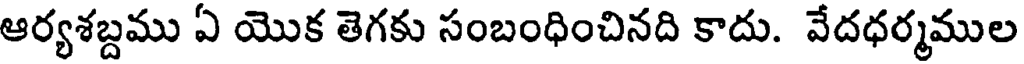
ఆర్యశబ్దము ఏ యొక తెగకు సంబంధించినది కాదు. వేదధర్మముల